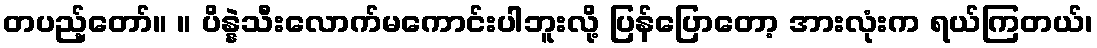
တပည့်တော်။ ။ ပိန္နဲသီးလောက်မကောင်းပါဘူးလို့ ပြန်ပြောတော့ အားလုံးက ရယ်ကြတယ်၊